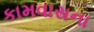
કામવાસના